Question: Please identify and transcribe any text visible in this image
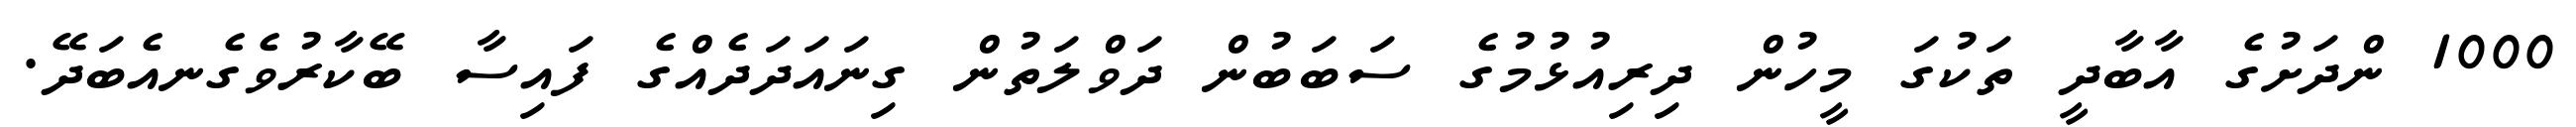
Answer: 1000 ންދަށުގެ އާބާދީ ތަކުގަ މީހުން ދިރިއުޅުމުގެ ސަބަބުން ދަވްލަތުން ގިނައަދަދެއްގެ ފައިސާ ބޭކާރުވެގެނއެބަދޭ.